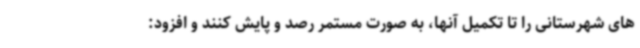
های شهرستانی را تا تکمیل آنها، به صورت مستمر رصد و پایش کنند و افزود: